system: You are a helpful assistant.
user:
Analyze the provided spectrum to determine if it is a **White Dwarf (WD)**.

A White Dwarf spectrum is defined by its **extreme purity** (due to gravitational settling) and/or **extreme pressure broadening** (due to high surface gravity). You must check for one of the following mutually exclusive signatures:

- **Key Visual Indicators (Check for ONE of these types):**

    - **1. DA-Type Signature (Most Common):**
        - **(Primary Feature):** Extreme pressure broadening (Stark broadening) of the **Hydrogen (H) Balmer lines**.
        - **(Key Lines):** $H\beta$ (approx. $4861$ Å) and $H\gamma$ (approx. $4340$ Å). $H\alpha$ (approx. $6563$ Å) will also be present if the wavelength range covers it.
        - **(Line Profile):** This is the **defining feature**. The lines are **NOT** sharp. They appear as massive, **extremely broad and deep "troughs" or "dips"** in the spectrum, often hundreds of Ångströms wide. The continuum will appear to "scoop" down at these wavelengths.
        - **(Distinction):** Normal A-type or B-type stars have *narrow* and *sharp* Hydrogen lines. A DA White Dwarf's lines are unmistakably "smeared" or "blurry" from pressure.

    - **2. DB-Type Signature:**
        - **(Primary Feature):** Broad absorption lines from **Neutral Helium (He I)**. The spectrum must lack any visible Hydrogen lines.
        - **(Key Lines):** Look for broad absorption near $4471$ Å, $4921$ Å, and $5876$ Å.
        - **(Line Profile):** These lines are also significantly pressure-broadened, appearing much wider than they would in a normal B-type main-sequence star.

    - **3. DC-Type Signature:**
        - **(Primary Feature):** A **featureless continuous spectrum**.
        - **(Line Profile):** The spectrum is a smooth curve with **no significant absorption or emission lines**.
        - **(Key Confirmation):** The continuum is almost always **blue or white**, indicating a hot object. This signature implies the atmosphere is so pure (or so cool) that no spectral lines are visible in the optical range. Its WD identity is confirmed by its extremely low intrinsic brightness (high absolute magnitude).

    - **4. DZ-Type Signature (Metal-Polluted):**
        - **(Primary Feature):** **Isolated, narrow metal absorption lines** on an otherwise featureless (DC-like) continuum.
        - **(Key Lines):** The **Calcium (Ca II) H & K doublet** (approx. **$3934$ Å** and **$3968$ Å**) is the most common and defining feature.
        - **(Line Profile):** These lines are "out of place." They are *not* part of a "forest" of thousands of lines. This signature is evidence of recent *accretion* (pollution) from rocky debris.
        - **(Distinction):** Normal G/K/M stars have a *dense forest* of thousands of metal lines. A DZ has a *clean* continuum with *only a few* strong metal lines.

    - **5. DQ-Type Signature (Carbon-Polluted):**
        - **(Primary Feature):** Absorption bands from **Carbon (C₂ "Swan Bands" or atomic C I)**.
        - **(Key Lines - C₂):** Look for bandheads with a "saw-tooth" shape near $5635$ Å, **$5165$ Å** (strongest), and $4737$ Å.
        - **(Key Confirmation):** The underlying **continuum must be blue or white** (hot).
        - **(Distinction):** This is the critical difference from a **Carbon Star**, which has the *exact same* C₂ bands but on an extremely **red, cool** continuum.

- **(Overall Spectrum):**
    - The continuum (overall shape) is typically **blue-sloping** (brighter in the blue than the red), as most white dwarfs are very hot.
    - The spectrum will look "pure" or "simple," dominated by only *one* of the five signatures listed above.

Think first, call **spectral_visualization_tool** if needed to examine features in detail, then provide your final answer. Your response must adhere to the following strict rules:
1.  **Overall Structure:** Your response must follow the format `<think>...</think> <tool_call>...</tool_call> (if a tool is used) <answer>...</answer>`.
2.  **Tool Usage Constraint:** You may only make **one** tool call per turn.
3.  **Final Answer Format:** In the `<answer>` tag, your conclusion must be inside a `\boxed{}` command (e.g., `\boxed{YES}` or `\boxed{NO}`), followed by your justification.

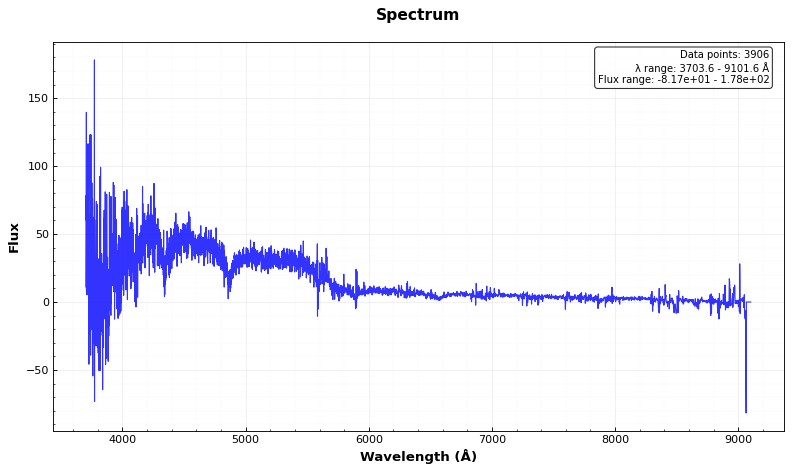
Answer: YES